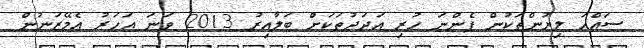
ސައްހަ ލިޔުންތަކުން ފެންނަ ހުރި އަދަދުތަކަށް ބަލާއިރު 2013 ވަނަ އަހަރު އެމޭޒަނުން